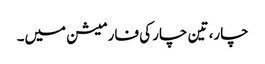
چار، تین چار کی فارمیشن میں۔